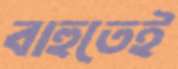
বাহুতেই